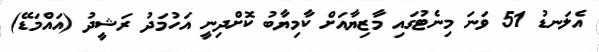
އެލަނޑު 51 ވަނަ މިނެޓުގައި މާޒިޔާއަށް ކާމިޔާބު ކޮށްދިނީ އަހުމަދު ރަޝީދު (އައްމަޑޭ)